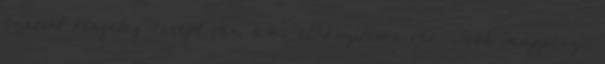
szerint rengeteg recept van, ami elkészítésre vár. Több mappányi,